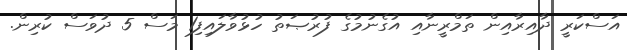
އަސްކަރީ ދާއިރާއިން ތަމްރީނާއި އުގެނުމުގެ ފުރުޞަތު ހުޅުވާލައިފި1 މަސް 5 ދުވަސް ކުރިން.